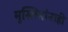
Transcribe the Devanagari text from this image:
मुस्लिमांनाही